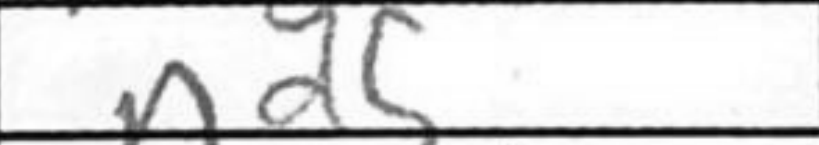
Transcription: Nd5